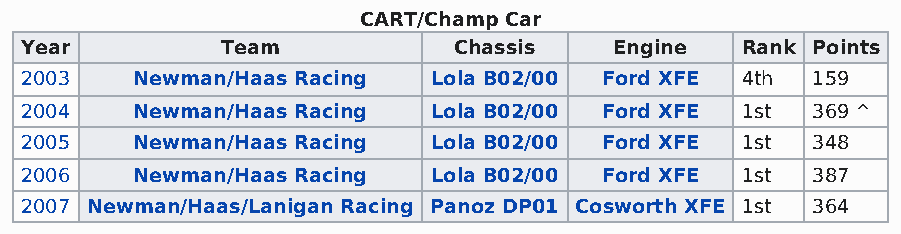
CART/Champ Car
 Year          Team           Chassis    Engine  Rank Points
 2003    Newman/Haas Racing  Lola B02/00 Ford XFE 4th 159
 2004    Newman/Haas Racing  Lola B02/00 Ford XFE 1st 369 ^
 2005    Newman/Haas Racing  Lola B02/00 Ford XFE 1st 348
 2006    Newman/Haas Racing  Lola B02/00 Ford XFE 1st 387
 2007 Newman/Haas/Lanigan Racing Panoz DP01 Cosworth XFE 1st 364